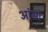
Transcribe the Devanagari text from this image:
आंसों